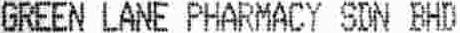
GREEN LANE PHARMACY SDN BHD